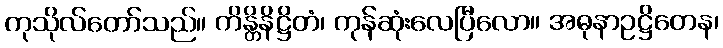
ကုသိုလ်တော်သည်။ ကိန္တိနိဋ္ဌိတံ၊ ကုန်ဆုံးလေပြီလော။ အဓုနာဥဋ္ဌိတေန၊